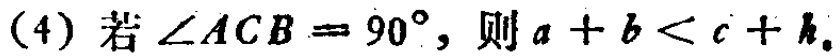
(4) 若\(\angle ACB = 90^{\circ}\)，则\(a + b < c + h\)。